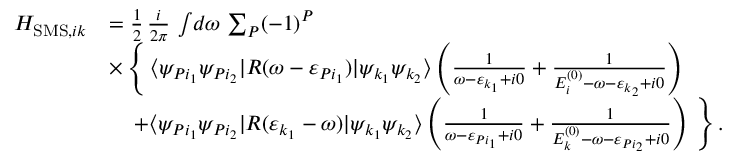
\begin{array} { r l } { H _ { \mathrm { S M S } , i k } } & { = \frac { 1 } { 2 } \, \frac { i } { 2 \pi } \, \int \! d \omega \, \sum _ { P } ( - 1 ) ^ { P } } \\ & { \times \, \Bigg \{ \, \langle \psi _ { P i _ { 1 } } \psi _ { P i _ { 2 } } | R ( \omega - \varepsilon _ { P i _ { 1 } } ) | \psi _ { k _ { 1 } } \psi _ { k _ { 2 } } \rangle \left( \frac { 1 } { \omega - \varepsilon _ { k _ { 1 } } + i 0 } + \frac { 1 } { E _ { i } ^ { ( 0 ) } - \omega - \varepsilon _ { k _ { 2 } } + i 0 } \right) } \\ & { \quad \, + \langle \psi _ { P i _ { 1 } } \psi _ { P i _ { 2 } } | R ( \varepsilon _ { k _ { 1 } } - \omega ) | \psi _ { k _ { 1 } } \psi _ { k _ { 2 } } \rangle \left( \frac { 1 } { \omega - \varepsilon _ { P i _ { 1 } } + i 0 } + \frac { 1 } { E _ { k } ^ { ( 0 ) } - \omega - \varepsilon _ { P i _ { 2 } } + i 0 } \right) \, \Bigg \} \, . } \end{array}